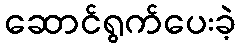
ဆောင်ရွက်ပေးခဲ့